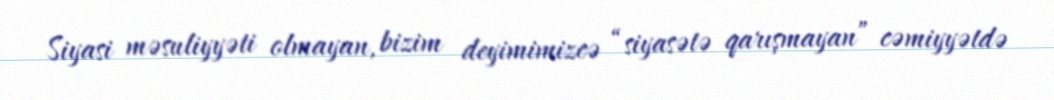
Siyasi məsuliyyəti olmayan, bizim deyimimizcə “siyasətə qarışmayan” cəmiyyətdə